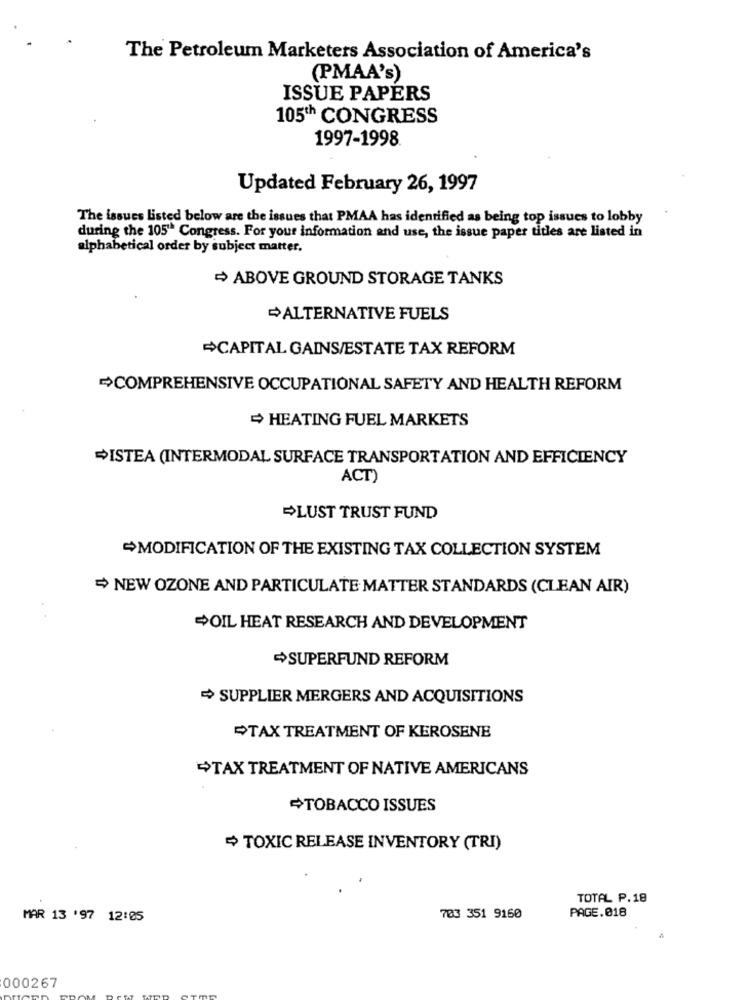
The Petroleum Marketers Association of America's
(PMAA's)
ISSUE PAPERS
105th CONGRESS
1997-1998.
Updated February 26, 1997
The issues Listed below are the issues that PMAA has identified as being top issues to lobby
during the 105" Congress. For your information and use, the issue paper titles are listed in
alphabetical order by subject matter.
ABOVE GROUND STORAGE TANKS
ALTERNATIVE FUELS
CAPITAL GAINS/ESTATE TAX REFORM
COMPREHENSIVE OCCUPATIONAL SAFETY AND HEALTH REFORM
HEATING FUEL MARKETS
ISTEA (INTERMODAL SURFACE TRANSPORTATION AND EFFICIENCY
ACT)
LUST TRUST FUND
MODIFICATION OF THE EXISTING TAX COLLECTION SYSTEM
NEW OZONE AND PARTICULATE MATTER STANDARDS (CLEAN AIR)
#OIL HEAT RESEARCH AND DEVELOPMENT
SUPERFUND REFORM
SUPPLIER MERGERS AND ACQUISITIONS
TAX TREATMENT OF KEROSENE
+TAX TREATMENT OF NATIVE AMERICANS
+TOBACCO ISSUES
TOXIC RELEASE INVENTORY (TRI)
TOTAL P.18
PAGE.018
MAR 13 '97 12:05
703 351 9160
000267